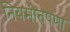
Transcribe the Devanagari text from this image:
नियमीतपणा